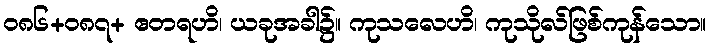
ဝ၈၆+၀၈၇+ ဧတရဟိ၊ ယခုအခါ၌။ ကုသလေဟိ၊ ကုသိုလ်ဖြစ်ကုန်သော။